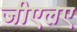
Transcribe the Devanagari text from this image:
जीएलए